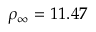
\rho _ { \infty } = 1 1 . 4 7